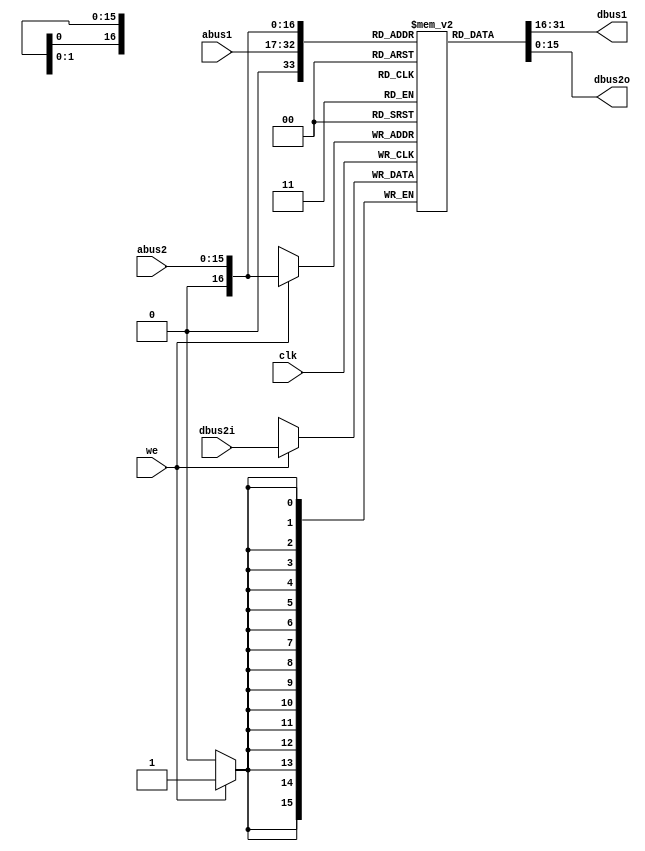
module three_port_aram (clk, abus1, dbus1, abus2, dbus2i, dbus2o, we);
	input		clk;

	input	[15:0]	abus1;
	output	[15:0]	dbus1;

	input	[15:0]	abus2;
	output	[15:0]	dbus2o;
	input	[15:0]	dbus2i;

	input		we;

	reg	[15:0]	m[0:65536];

	assign dbus1 = m[abus1];

	assign dbus2o = m[abus2];

	always @(posedge clk) begin
		if (we) m[abus2] <= dbus2i;
	end

endmodule